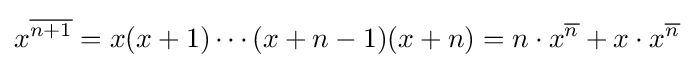
x^{\overline {n+1}}=x(x+1)\cdots (x+n-1)(x+n)=n\cdot x^{\overline {n}}+x\cdot x^{\overline {n}}